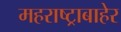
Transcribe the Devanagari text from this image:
महराष्ट्राबाहेर